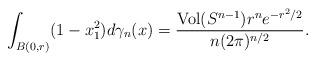
LaTeX: \begin{align*}\int_{B(0,r)}(1-x_{1}^{2})d\gamma_{n}(x)=\frac{\mathrm{Vol}(S^{n-1})r^{n} e^{-r^2/2}}{n(2\pi)^{n/2}}.\end{align*}